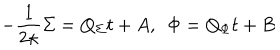
- { \frac { 1 } { 2 \kappa } } \Sigma = Q _ { \Sigma } t + A , \, \, \, \Phi = Q _ { \Phi } t + B